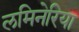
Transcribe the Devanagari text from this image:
लमिनेरिया